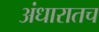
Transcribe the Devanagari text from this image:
अंधारातच